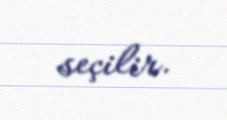
seçilir.